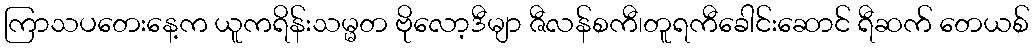
ကြာသပတေးနေ့က ယူကရိန်းသမ္မတ ဗိုလော့ဒီမျာ ဇီလန်စကီ၊တူရကီခေါင်းဆောင် ရီဆက် တေယစ်